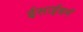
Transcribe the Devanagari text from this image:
ईसाईधर्मं